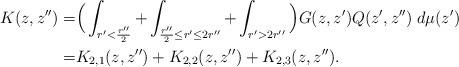
LaTeX: \begin{align*}K(z,z'')=&\Big(\int_{r'<\frac{r''}{2}}+\int_{\frac{r''}{2}\leq r'\leq2r''}+\int_{r'>2r''}\Big)G(z,z')Q(z',z'')\;d\mu(z')\\=&K_{2,1}(z,z'')+K_{2,2}(z,z'')+K_{2,3}(z,z'').\end{align*}